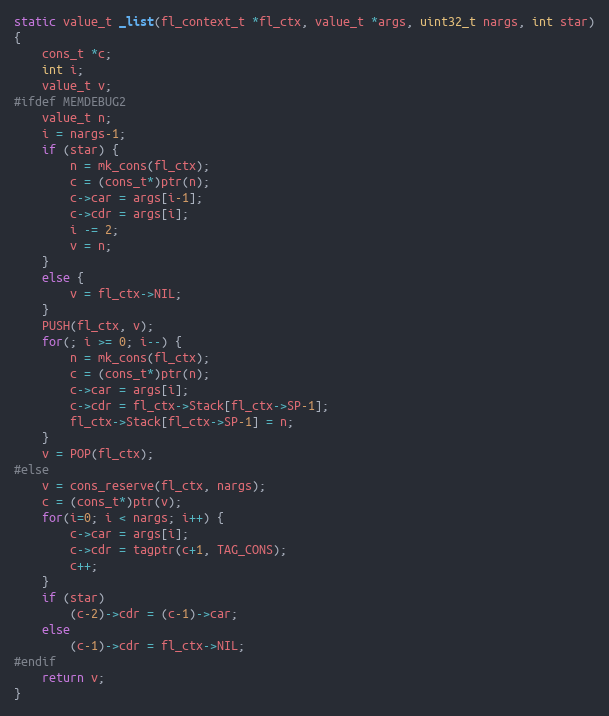
Language: C
static value_t _list(fl_context_t *fl_ctx, value_t *args, uint32_t nargs, int star)
{
    cons_t *c;
    int i;
    value_t v;
#ifdef MEMDEBUG2
    value_t n;
    i = nargs-1;
    if (star) {
        n = mk_cons(fl_ctx);
        c = (cons_t*)ptr(n);
        c->car = args[i-1];
        c->cdr = args[i];
        i -= 2;
        v = n;
    }
    else {
        v = fl_ctx->NIL;
    }
    PUSH(fl_ctx, v);
    for(; i >= 0; i--) {
        n = mk_cons(fl_ctx);
        c = (cons_t*)ptr(n);
        c->car = args[i];
        c->cdr = fl_ctx->Stack[fl_ctx->SP-1];
        fl_ctx->Stack[fl_ctx->SP-1] = n;
    }
    v = POP(fl_ctx);
#else
    v = cons_reserve(fl_ctx, nargs);
    c = (cons_t*)ptr(v);
    for(i=0; i < nargs; i++) {
        c->car = args[i];
        c->cdr = tagptr(c+1, TAG_CONS);
        c++;
    }
    if (star)
        (c-2)->cdr = (c-1)->car;
    else
        (c-1)->cdr = fl_ctx->NIL;
#endif
    return v;
}